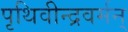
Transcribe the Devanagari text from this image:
पृथिवीन्द्रवर्मन्